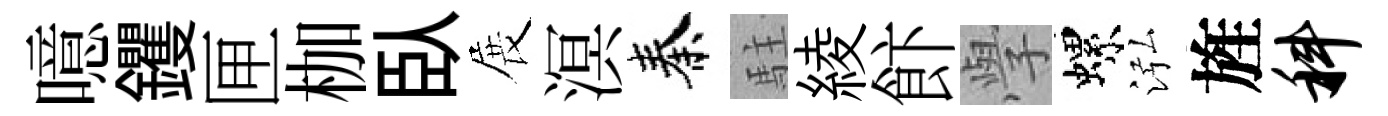
噫钁匣枷臥展溟秦駐綾飰𭓕螺泓旌科